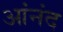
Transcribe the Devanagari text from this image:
आंनंद